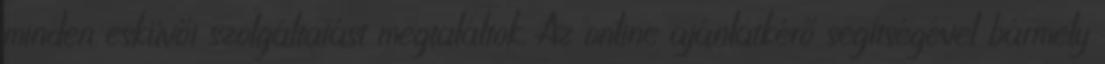
minden esküvői szolgáltatást megtaláltok. Az online ajánlatkérő segítségével bármely